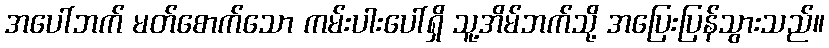
အပေါ်ဘက် မတ်စောက်သော ကမ်းပါးပေါ်ရှိ သူ့အိမ်ဘက်သို့ အပြေးပြန်သွားသည်။